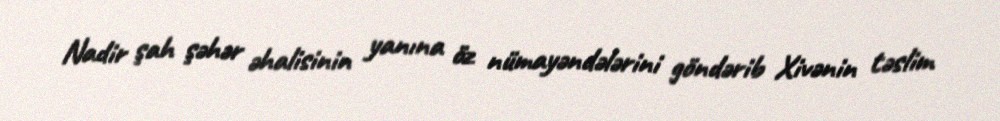
Nadir şah şəhər əhalisinin yanına öz nümayəndələrini göndərib Xivənin təslim